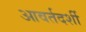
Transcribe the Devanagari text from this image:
आवर्तदर्शी